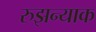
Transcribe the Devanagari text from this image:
रुझन्याक